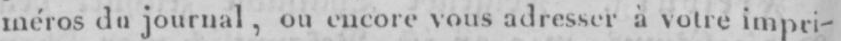
méros du journal, ou encore vous adresser à votre impri-